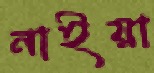
নাইয়া